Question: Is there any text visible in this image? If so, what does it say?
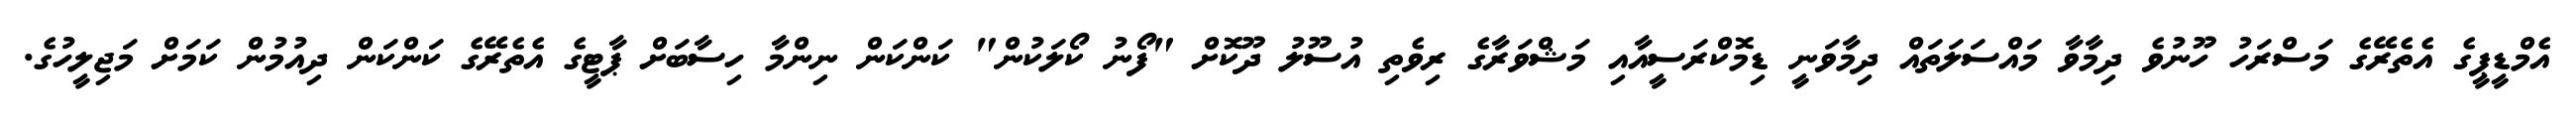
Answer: އެމްޑީޕީގެ އެތެރޭގެ މަސްރަހު ހޫނުވެ ދިމާވާ މައްސަލަތައް ދިމާވަނީ ޑިމޮކްރަސީއާއި މަޝްވަރާގެ ރިވެތި އުސޫލު ދޫކޮށް "ފޯނު ކޯލަކުން" ކަންކަން ނިންމާ ހިސާބަށް ޕާޓީގެ އެތެރޭގެ ކަންކަން ދިއުމުން ކަމަށް މަޖިލީހުގެ.